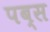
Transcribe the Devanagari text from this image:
पब्स